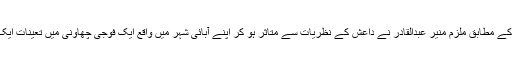
وفاقی محکمۂ انصاف کے ایک بیان کے مطابق ملزم منیر عبدالقادر نے داعش کے نظریات سے متاثر ہو کر اپنے آبائی شہر میں واقع ایک فوجی چھاؤنی میں تعینات ایک ملازم کے قتل کا منصوبہ بنایا تھا۔